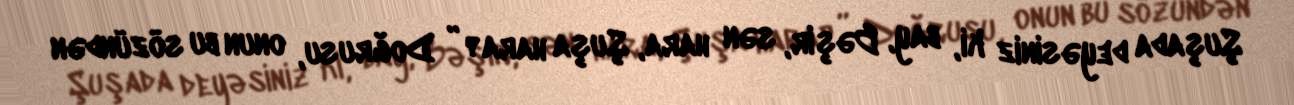
Şuşada deyəsiniz ki, bay, Bəşir, sən hara, Şuşa hara?” Doğrusu, onun bu sözündən